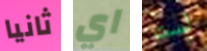
ثانيا اي لست